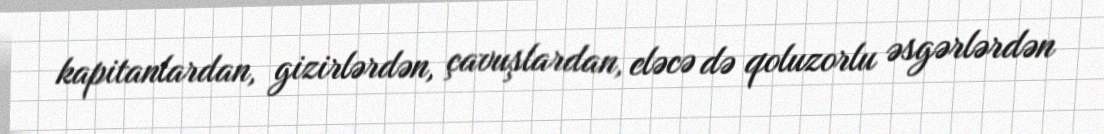
kapitanlardan, gizirlərdən, çavuşlardan, eləcə də qoluzorlu əsgərlərdən